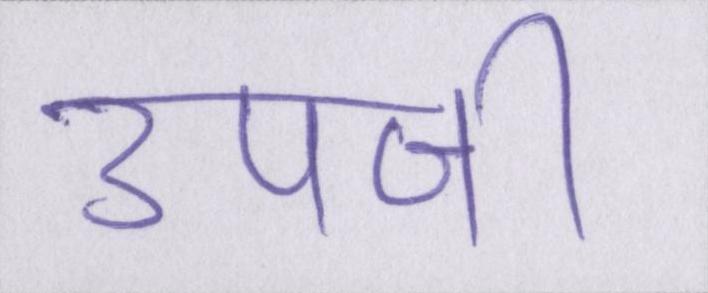
उपजी